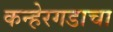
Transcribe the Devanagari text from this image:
कन्हेरगडाचा